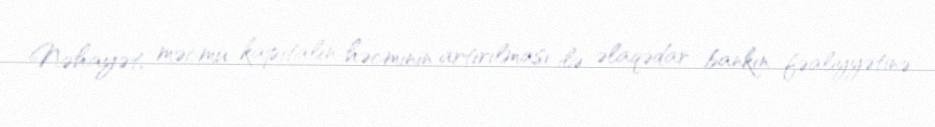
Nəhayət, məcmu kapitalın həcminin artırılması ilə əlaqədar bankın fəaliyyətinə